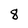
Character: 8